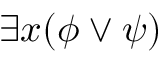
\exists x ( \phi \lor \psi )